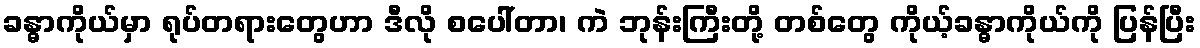
ခန္ဓာကိုယ်မှာ ရုပ်တရားတွေဟာ ဒီလို စပေါ်တာ၊ ကဲ ဘုန်းကြီးတို့ တစ်တွေ ကိုယ့်ခန္ဓာကိုယ်ကို ပြန်ပြီး